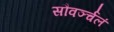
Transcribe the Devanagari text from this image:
सौवर्ञ्चलं